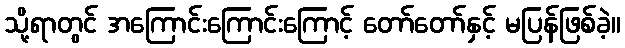
သို့ရာတွင် အကြောင်းကြောင်းကြောင့် တော်တော်နှင့် မပြန်ဖြစ်ခဲ့။